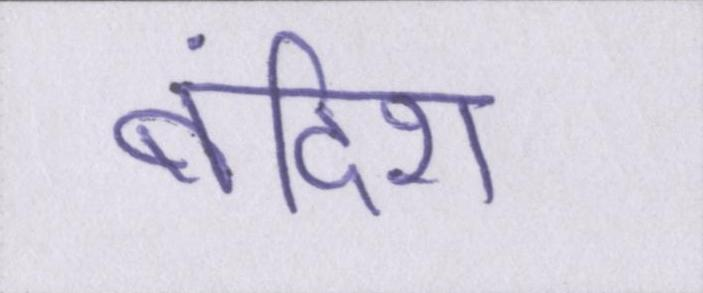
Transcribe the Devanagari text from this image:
बंदिश